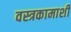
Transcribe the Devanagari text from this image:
वस्त्रकामाशी